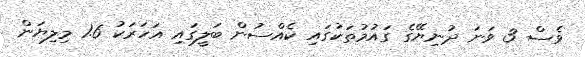
ވެސް 3 ވަނަ ދުނިޔޭގެ ގައުމުތަކުގައި ކެއްސުން ބަލީގައި އަހަރަކު 1.6 މިލިޔަން